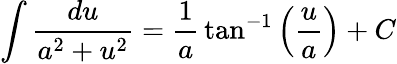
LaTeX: \int{\frac{du}{a^{2}+u^{2}}}={\frac{1}{a}}\tan^{-1}\left({\frac{u}{a}}\right)+C